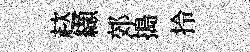
趑纈郊搗拎